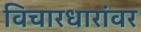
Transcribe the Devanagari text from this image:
विचारधारांवर